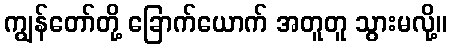
ကျွန်တော်တို့ ခြောက်ယောက် အတူတူ သွားမလို့။